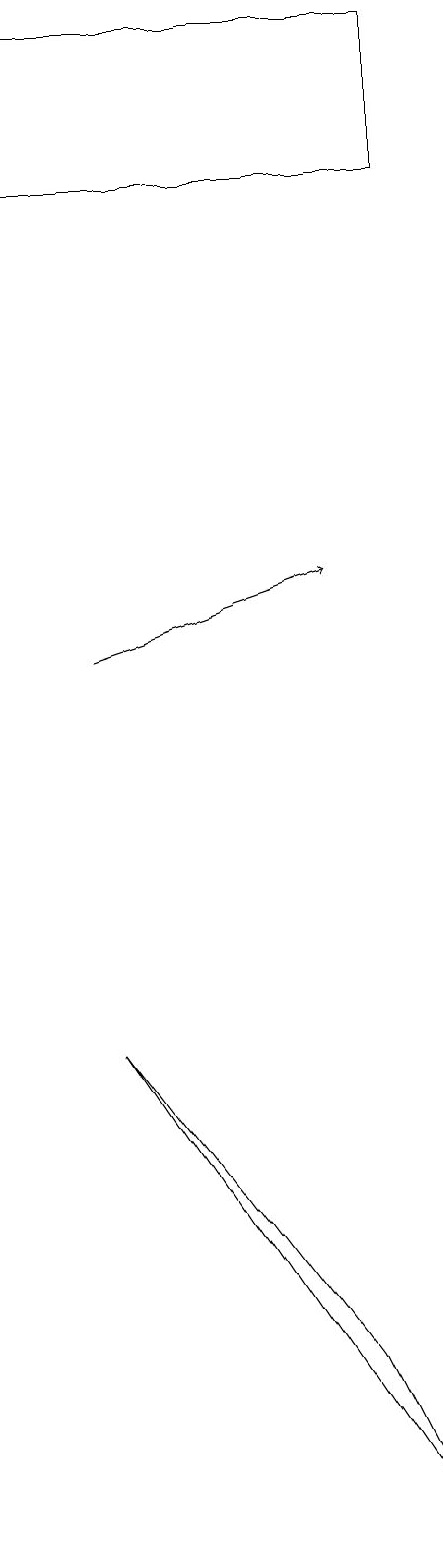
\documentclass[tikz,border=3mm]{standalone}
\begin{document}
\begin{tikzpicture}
\draw (8,17) rectangle (3,19);
\draw[->] (4,11) -- (7,12);
\draw (7,2) -- (4,6) -- (8,0) -- cycle;
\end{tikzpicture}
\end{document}